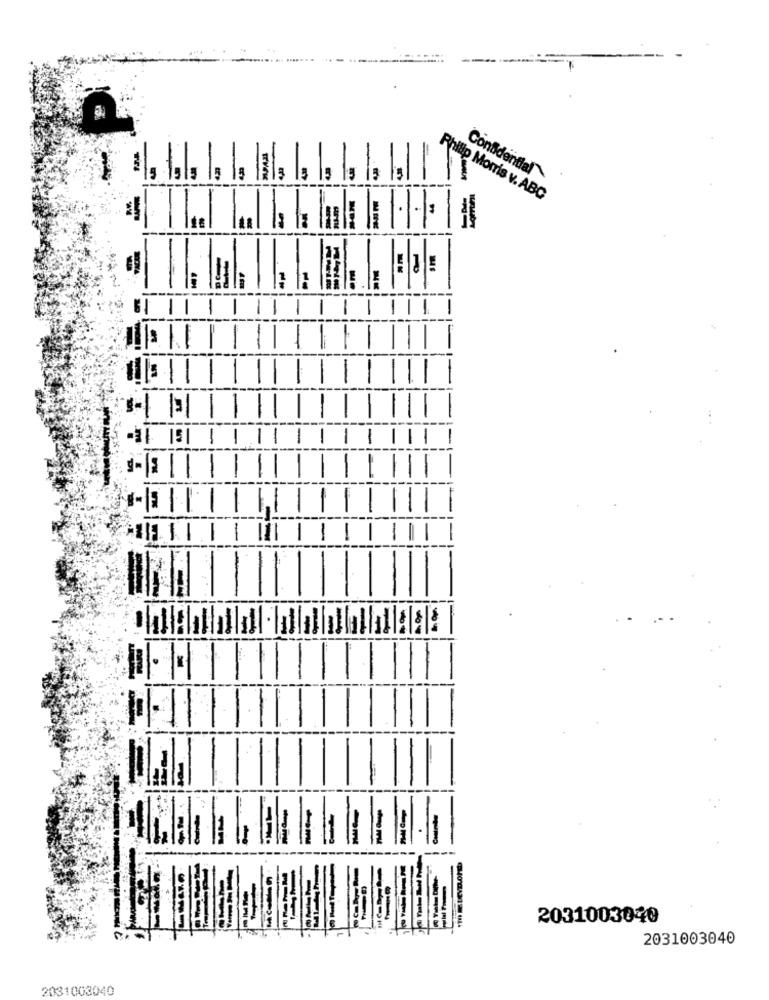
Confidential
Phillip Morris v. ABC
1
-31 151
1
TI ELEVDONE
2031003040
2031003040
2031003040